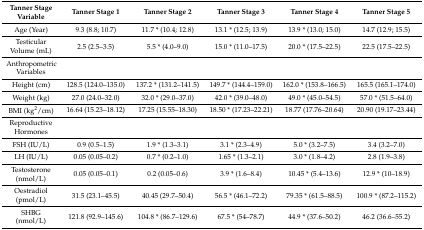
<table><thead><tr><td><b>Tanner Stage Variable</b></td><td><b>Tanner Stage 1</b></td><td><b>Tanner Stage 2</b></td><td><b>Tanner Stage 3</b></td><td><b>Tanner Stage 4</b></td><td><b>Tanner Stage 5</b></td></tr></thead><tbody><tr><td>Age (Year)</td><td>9.3 (8.8; 10.7)</td><td>11.7 * (10.4; 12.8)</td><td>13.1 * (12.5; 13.9)</td><td>13.9 * (13.0; 15.0)</td><td>14.7 (12.9; 15.5)</td></tr><tr><td>Testicular Volume (mL)</td><td>2.5 (2.5–3.5)</td><td>5.5 * (4.0–9.0)</td><td>15.0 * (11.0–17.5)</td><td>20.0 * (17.5–22.5)</td><td>22.5 (17.5–22.5)</td></tr><tr><td>Anthropometric Variables</td><td></td><td></td><td></td><td></td><td></td></tr><tr><td>Height (cm)</td><td>128.5 (124.0–135.0)</td><td>137.2 * (131.2–141.5)</td><td>149.7 * (144.4–159.0)</td><td>162.0 * (153.8–166.5)</td><td>165.5 (165.1–174.0)</td></tr><tr><td>Weight (kg)</td><td>27.0 (24.0–32.0)</td><td>32.0 * (29.0–37.0)</td><td>42.0 * (39.0–48.0)</td><td>49.0 * (45.0–54.5)</td><td>57.0 * (51.5–64.0)</td></tr><tr><td>BMI (kg<sup>2</sup>/cm)</td><td>16.64 (15.23–18.12)</td><td>17.25 (15.55–18.30)</td><td>18.50 * (17.23–22.21)</td><td>18.77 (17.76–20.64)</td><td>20.90 (19.17–23.44)</td></tr><tr><td>Reproductive Hormones</td><td></td><td></td><td></td><td></td><td></td></tr><tr><td>FSH (IU/L)</td><td>0.9 (0.5–1.5)</td><td>1.9 * (1.3–3.1)</td><td>3.1 * (2.3–4.9)</td><td>5.0 * (3.2–7.5)</td><td>3.4 (3.2–7.0)</td></tr><tr><td>LH (IU/L)</td><td>0.05 (0.05–0.2)</td><td>0.7 * (0.2–1.0)</td><td>1.65 * (1.3–2.1)</td><td>3.0 * (1.8–4.2)</td><td>2.8 (1.9–3.8)</td></tr><tr><td>Testosterone (nmol/L)</td><td>0.05 (0.05–0.1)</td><td>0.2 (0.05–0.6)</td><td>3.9 * (1.6–8.4)</td><td>10.45 * (5.4–13.6)</td><td>12.9 * (10–18.9)</td></tr><tr><td>Oestradiol (pmol/L)</td><td>31.5 (23.1–45.5)</td><td>40.45 (29.7–50.4)</td><td>56.5 * (46.1–72.2)</td><td>79.35 * (61.5–88.5)</td><td>100.9 * (87.2–115.2)</td></tr><tr><td>SHBG (nmol/L)</td><td>121.8 (92.9–145.6)</td><td>104.8 * (86.7–129.6)</td><td>67.5 * (54–78.7)</td><td>44.9 * (37.6–50.2)</td><td>46.2 (36.6–55.2)</td></tr></tbody></table>